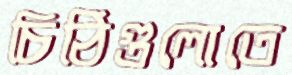
চিঠিগুলোতে